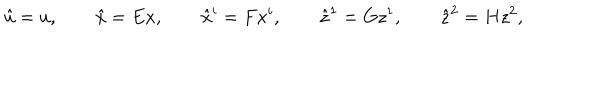
\hat { u } = u , \qquad \hat { x } = E x , \qquad \hat { x } ^ { i } = F x ^ { i } , \qquad \hat { z } ^ { 1 } = G z ^ { 1 } , \qquad \hat { z } ^ { 2 } = H z ^ { 2 } ,